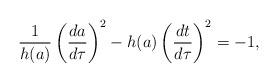
LaTeX: \begin{align*}{1\over{h(a)}}\left({{da}\over{d\tau}}\right)^2-h(a)\left({{dt}\over{d\tau}}\right)^2=-1,\end{align*}